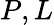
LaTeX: P,L